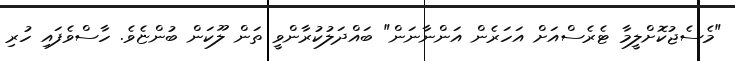
"މެސެޖުކޮށްލީމާ ޓެރެސްއަށް އަހަރެން އަންނާނަން" ބައްދަލުކުރާންވީ ތަން ލޫކަން ބުންޏެވެ. ހާސްވެފައި ހުރި